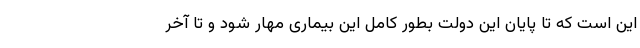
این است که تا پایان این دولت بطور کامل این بیماری مهار شود و تا آخر